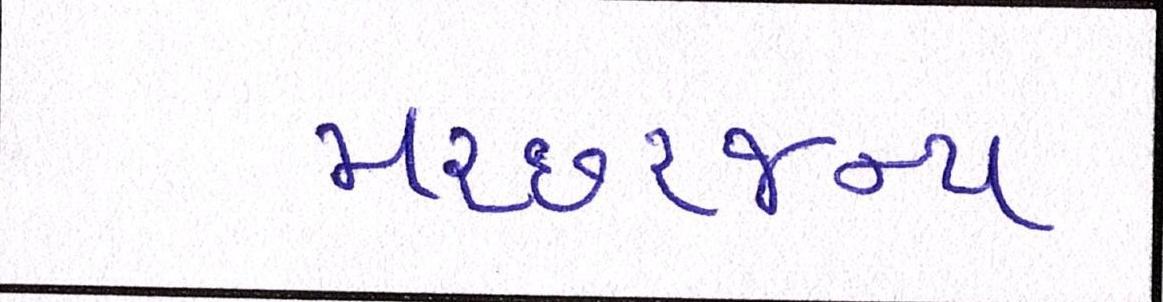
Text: મચ્છરજન્ય